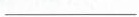
___